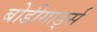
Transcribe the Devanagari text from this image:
बोडीगार्ड्स